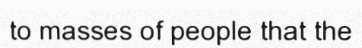
to masses of people that the